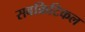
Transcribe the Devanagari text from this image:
सबक्रिटिकल